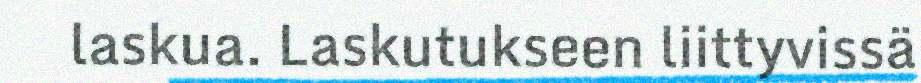
laskua. Laskutukseen liittyvissä